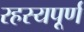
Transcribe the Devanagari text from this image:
रहस्‍यपूर्ण